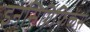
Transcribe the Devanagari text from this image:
इनसिग्निफिकेंस